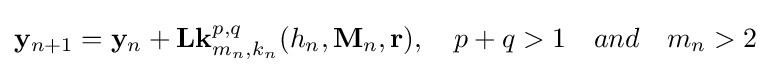
\mathbf {y} _{n+1}=\mathbf {y} _{n}+\mathbf {L\mathbf {k} } _{m_{n},k_{n}}^{p,q}(h_{n},\mathbf {M} _{n},\mathbf {r} ),\quad p+q>1\quad and\quad m_{n}>2